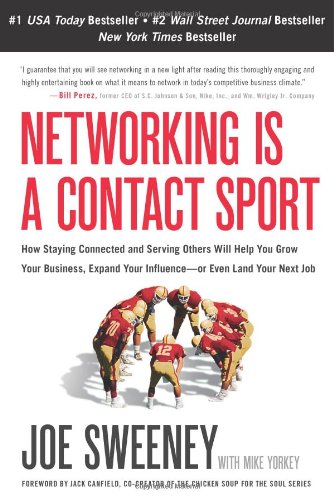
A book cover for Networking Is a Contact Sport: How Staying Connected and Serving Others Will Help You Grow Your Business, Expand Your Influence -- or Even Land Your Next Job; Joe Sweeney; Computers & Technology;